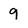
Character: 9